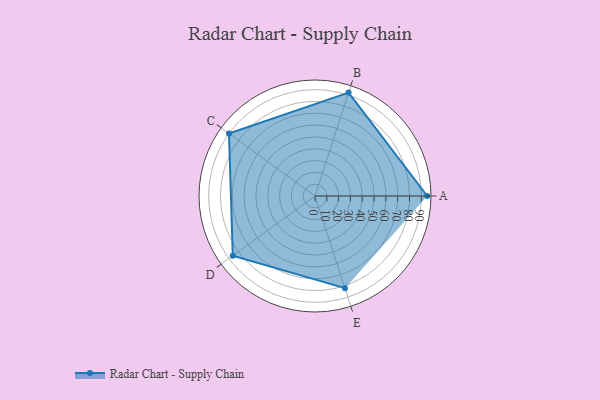
{"axis": {"x": "Skill", "y": "Score"}, "legend": ["Profile"], "data": [{"x": "A", "y": 95.0, "type": "Profile"}, {"x": "B", "y": 92.0, "type": "Profile"}, {"x": "C", "y": 90.0, "type": "Profile"}, {"x": "D", "y": 86.0, "type": "Profile"}, {"x": "E", "y": 82.0, "type": "Profile"}]}